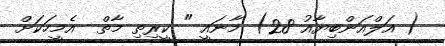
( އަލްއަންބިޔާއު 28) މާނައީ " ކީރިތި މާތް  އެމީހަކަށް